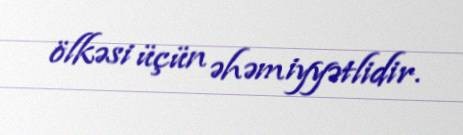
ölkəsi üçün əhəmiyyətlidir.